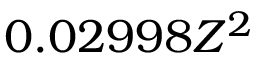
0 . 0 2 9 9 8 Z ^ { 2 }